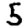
Digit: 5